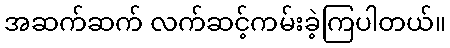
အဆက်ဆက် လက်ဆင့်ကမ်းခဲ့ကြပါတယ်။